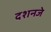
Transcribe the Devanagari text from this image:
दशनजे